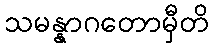
သမန္နာဂတောမှီတိ